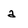
Character: a